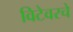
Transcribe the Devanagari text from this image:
विटेवरचे